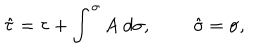
\hat { \tau } = \tau + \int ^ { \sigma } A \; d \sigma , \; \; \hat { \sigma } = \sigma ,